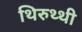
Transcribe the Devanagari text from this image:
थिरुथ्थी